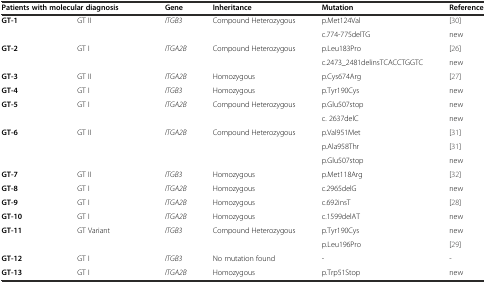
| <COLSPAN=2> Patients with molecular diagnosis | Gene | Inheritance | Mutation | Reference |
 | --- | --- | --- | --- | --- | --- |
 | <ROWSPAN=2> GT-1 | <ROWSPAN=2> GT II | <ROWSPAN=2> ITGB3 | <ROWSPAN=2> Compound Heterozygous | p.Met124Val | [30] |
 | c.774-775delTG | new |
 | <ROWSPAN=2> GT-2 | <ROWSPAN=2> GT I | <ROWSPAN=2> ITGA2B | <ROWSPAN=2> Compound Heterozygous | p.Leu183Pro | [26] |
 | c.2473_2481delinsTCACCTGGTC | new |
 | GT-3 | GT II | ITGA2B | Homozygous | p.Cys674Arg | [27] |
 | GT-4 | GT I | ITGB3 | Homozygous | p.Tyr190Cys | new |
 | <ROWSPAN=2> GT-5 | <ROWSPAN=2> GT I | <ROWSPAN=2> ITGA2B | <ROWSPAN=2> Compound Heterozygous | p.Glu507stop | new |
 | c. 2637delC | new |
 | <ROWSPAN=3> GT-6 | <ROWSPAN=3> GT II | <ROWSPAN=3> ITGA2B | <ROWSPAN=3> Compound Heterozygous | p.Val951Met | [31] |
 | p.Ala958Thr | [31] |
 | p.Glu507stop | new |
 | GT-7 | GT II | ITGB3 | Homozygous | p.Met118Arg | [32] |
 | GT-8 | GT I | ITGA2B | Homozygous | c.2965delG | new |
 | GT-9 | GT I | ITGA2B | Homozygous | c.692insT | [28] |
 | GT-10 | GT I | ITGA2B | Homozygous | c.1599delAT | new |
 | <ROWSPAN=2> GT-11 | <ROWSPAN=2> GT Variant | <ROWSPAN=2> ITGB3 | <ROWSPAN=2> Compound Heterozygous | p.Tyr190Cys | new |
 | p.Leu196Pro | [29] |
 | GT-12 | GT I | ITGB3 | No mutation found | - | - |
 | GT-13 | GT I | ITGA2B | Homozygous | p.Trp51Stop | new |